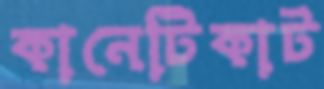
কানেটিকাট